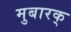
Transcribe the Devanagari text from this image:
मुबारक्